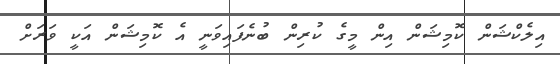
އިލެކްޝަން ކޮމިޝަން އިން މީގެ ކުރިން ބުނެފައިވަނީ އެ ކޮމިޝަން އަކީ ވަރަށް